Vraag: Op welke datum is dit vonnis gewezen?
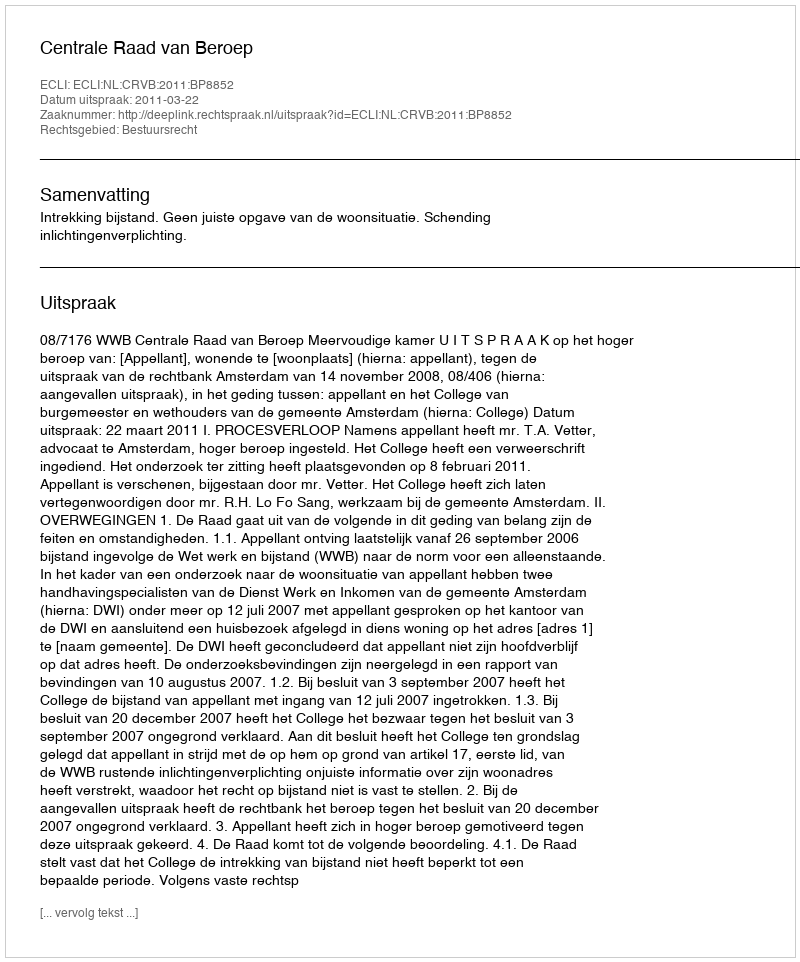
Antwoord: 2011-03-22